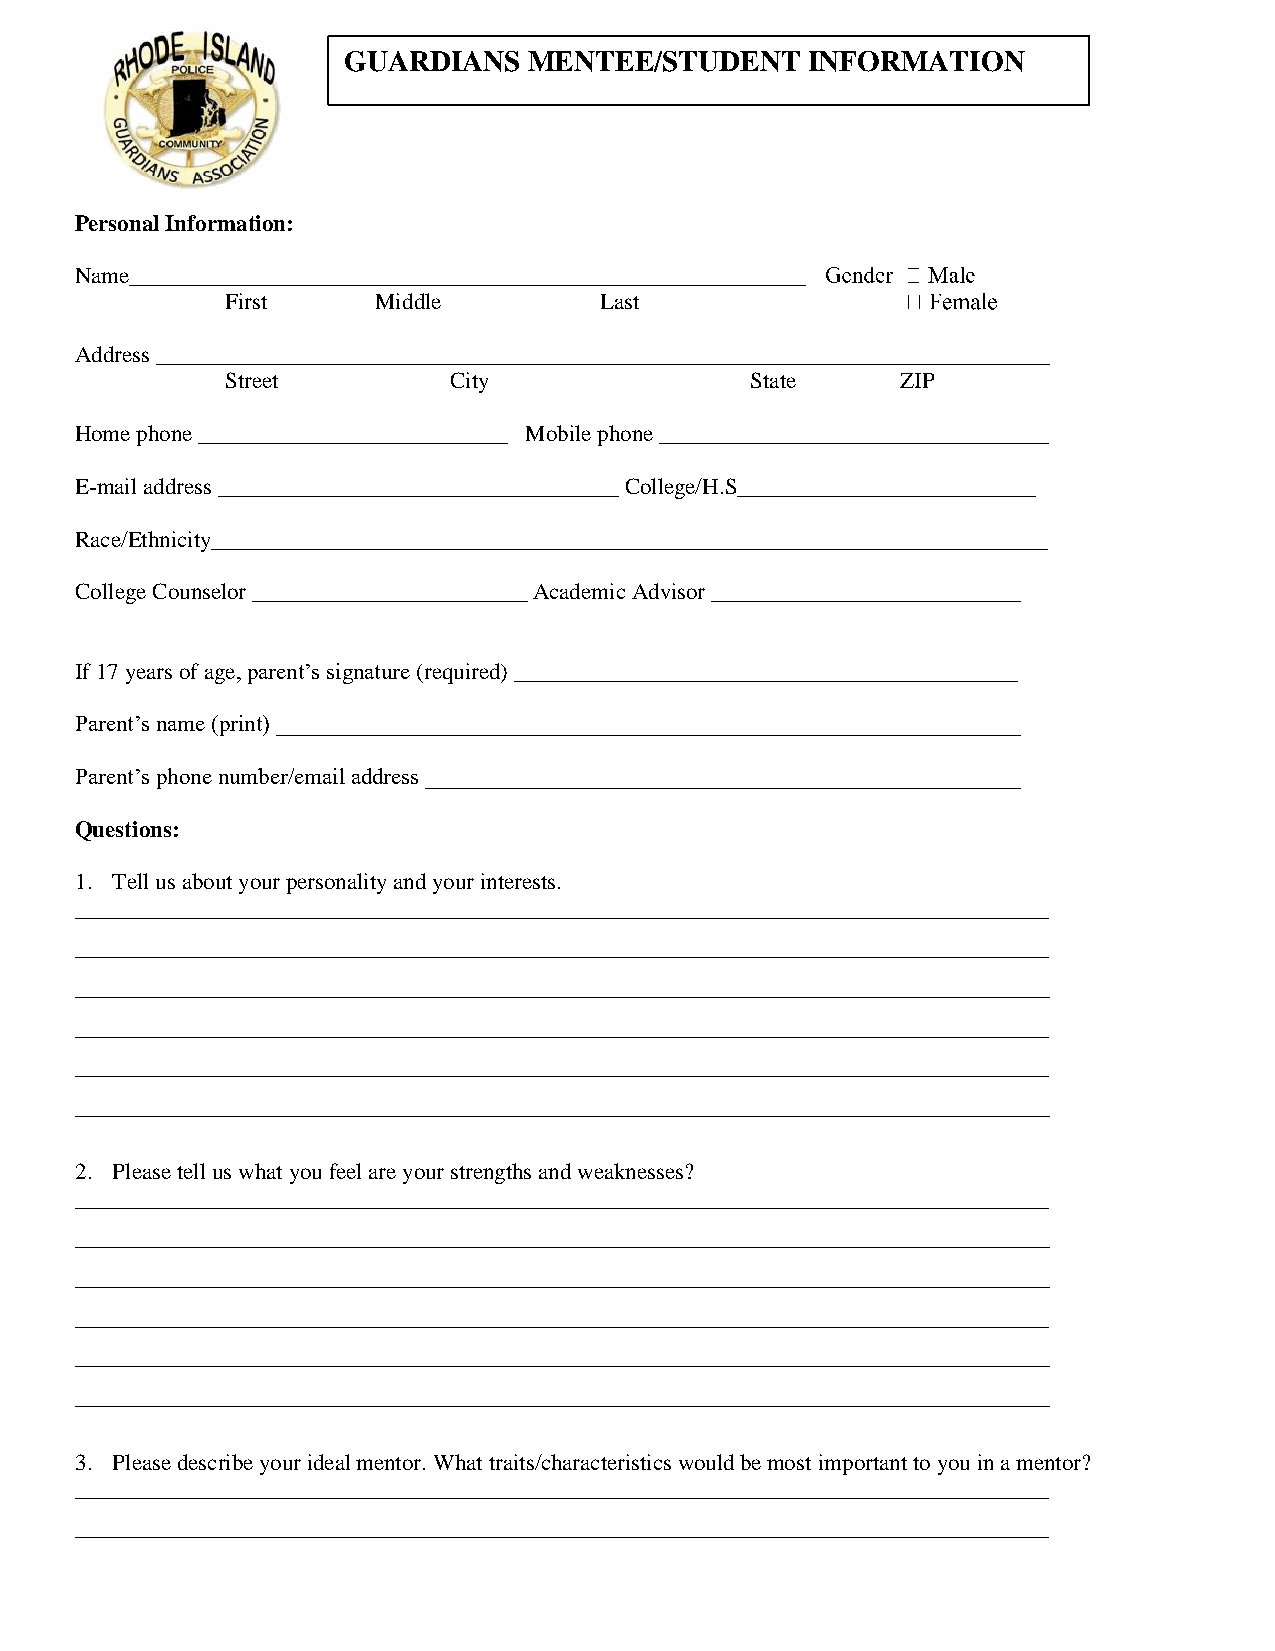
GUARDIANS   MENTEE/STUDENT    INFORMATION
 Personal Information:
 Name___________________________________________________________
 First     Middle         Last
 Address ______________________________________________________________________________
 Street         City                State     ZIP
 Home phone ___________________________ Mobile phone __________________________________
 E-mail address ___________________________________ College/H.S__________________________
 Race/Ethnicity_________________________________________________________________________
 College Counselor ________________________ Academic Advisor ___________________________
 If 17 years of age, parent’s signature (required) ____________________________________________
 Parent’s name (print) _________________________________________________________________
 Parent’s phone number/email address ____________________________________________________
 Questions:
 1. Tell us about your personality and your interests.
 _____________________________________________________________________________________
 _____________________________________________________________________________________
 _____________________________________________________________________________________
 _____________________________________________________________________________________
 _____________________________________________________________________________________
 _____________________________________________________________________________________
 2. Please tell us what you feel are your strengths and weaknesses?
 _____________________________________________________________________________________
 _____________________________________________________________________________________
 _____________________________________________________________________________________
 _____________________________________________________________________________________
 _____________________________________________________________________________________
 _____________________________________________________________________________________
 3. Please describe your ideal mentor. What traits/characteristics would be most important to you in a mentor?
 _____________________________________________________________________________________
 _____________________________________________________________________________________